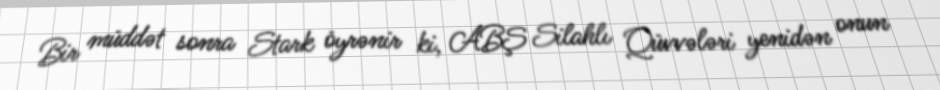
Bir müddət sonra Stark öyrənir ki, ABŞ Silahlı Qüvvələri yenidən onun